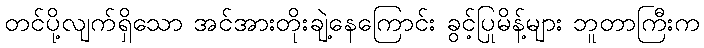
တင်ပို့လျက်ရှိသော အင်အားတိုးချဲ့နေကြောင်း ခွင့်ပြုမိန့်များ ဘူတာကြီးက